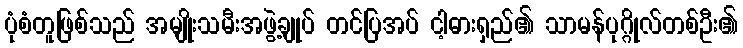
ပုံစံတူဖြစ်သည် အမျိုးသမီးအဖွဲ့ချုပ် တင်ပြအပ် ငါ့ဓားရှည်၏ သာမန်ပုဂ္ဂိုလ်တစ်ဦး၏